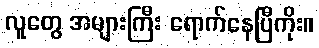
လူတွေ အများကြီး ရောက်နေပြီကိုး။